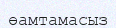
өамтамасыз